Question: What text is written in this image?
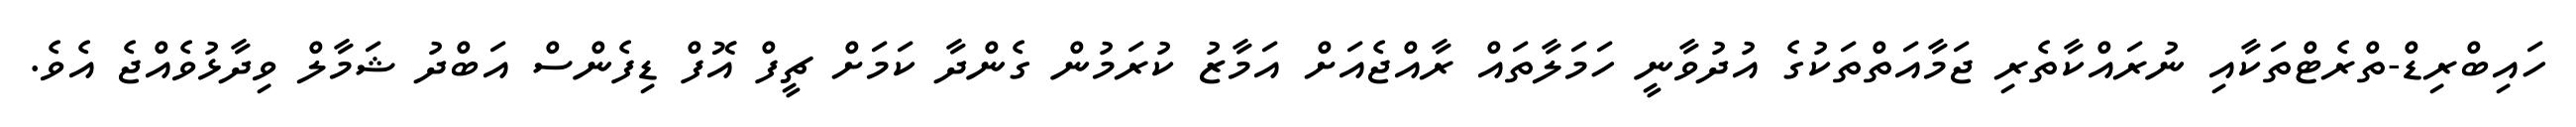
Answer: ހައިބްރިޑް-ތްރެޓްތަކާއި ނުރައްކާތެރި ޖަމާއަތްތަކުގެ އުދުވާނީ ހަމަލާތައް ރާއްޖެއަށް އަމާޒު ކުރަމުން ގެންދާ ކަމަށް ޗީފް އޮފް ޑިފެންސް އަބްދު ޝަމާލް ވިދާޅުވެއްޖެ އެވެ.